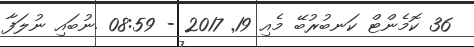
36 ކޮމެންޓް ކަނބުރުބޭ މެއި 19